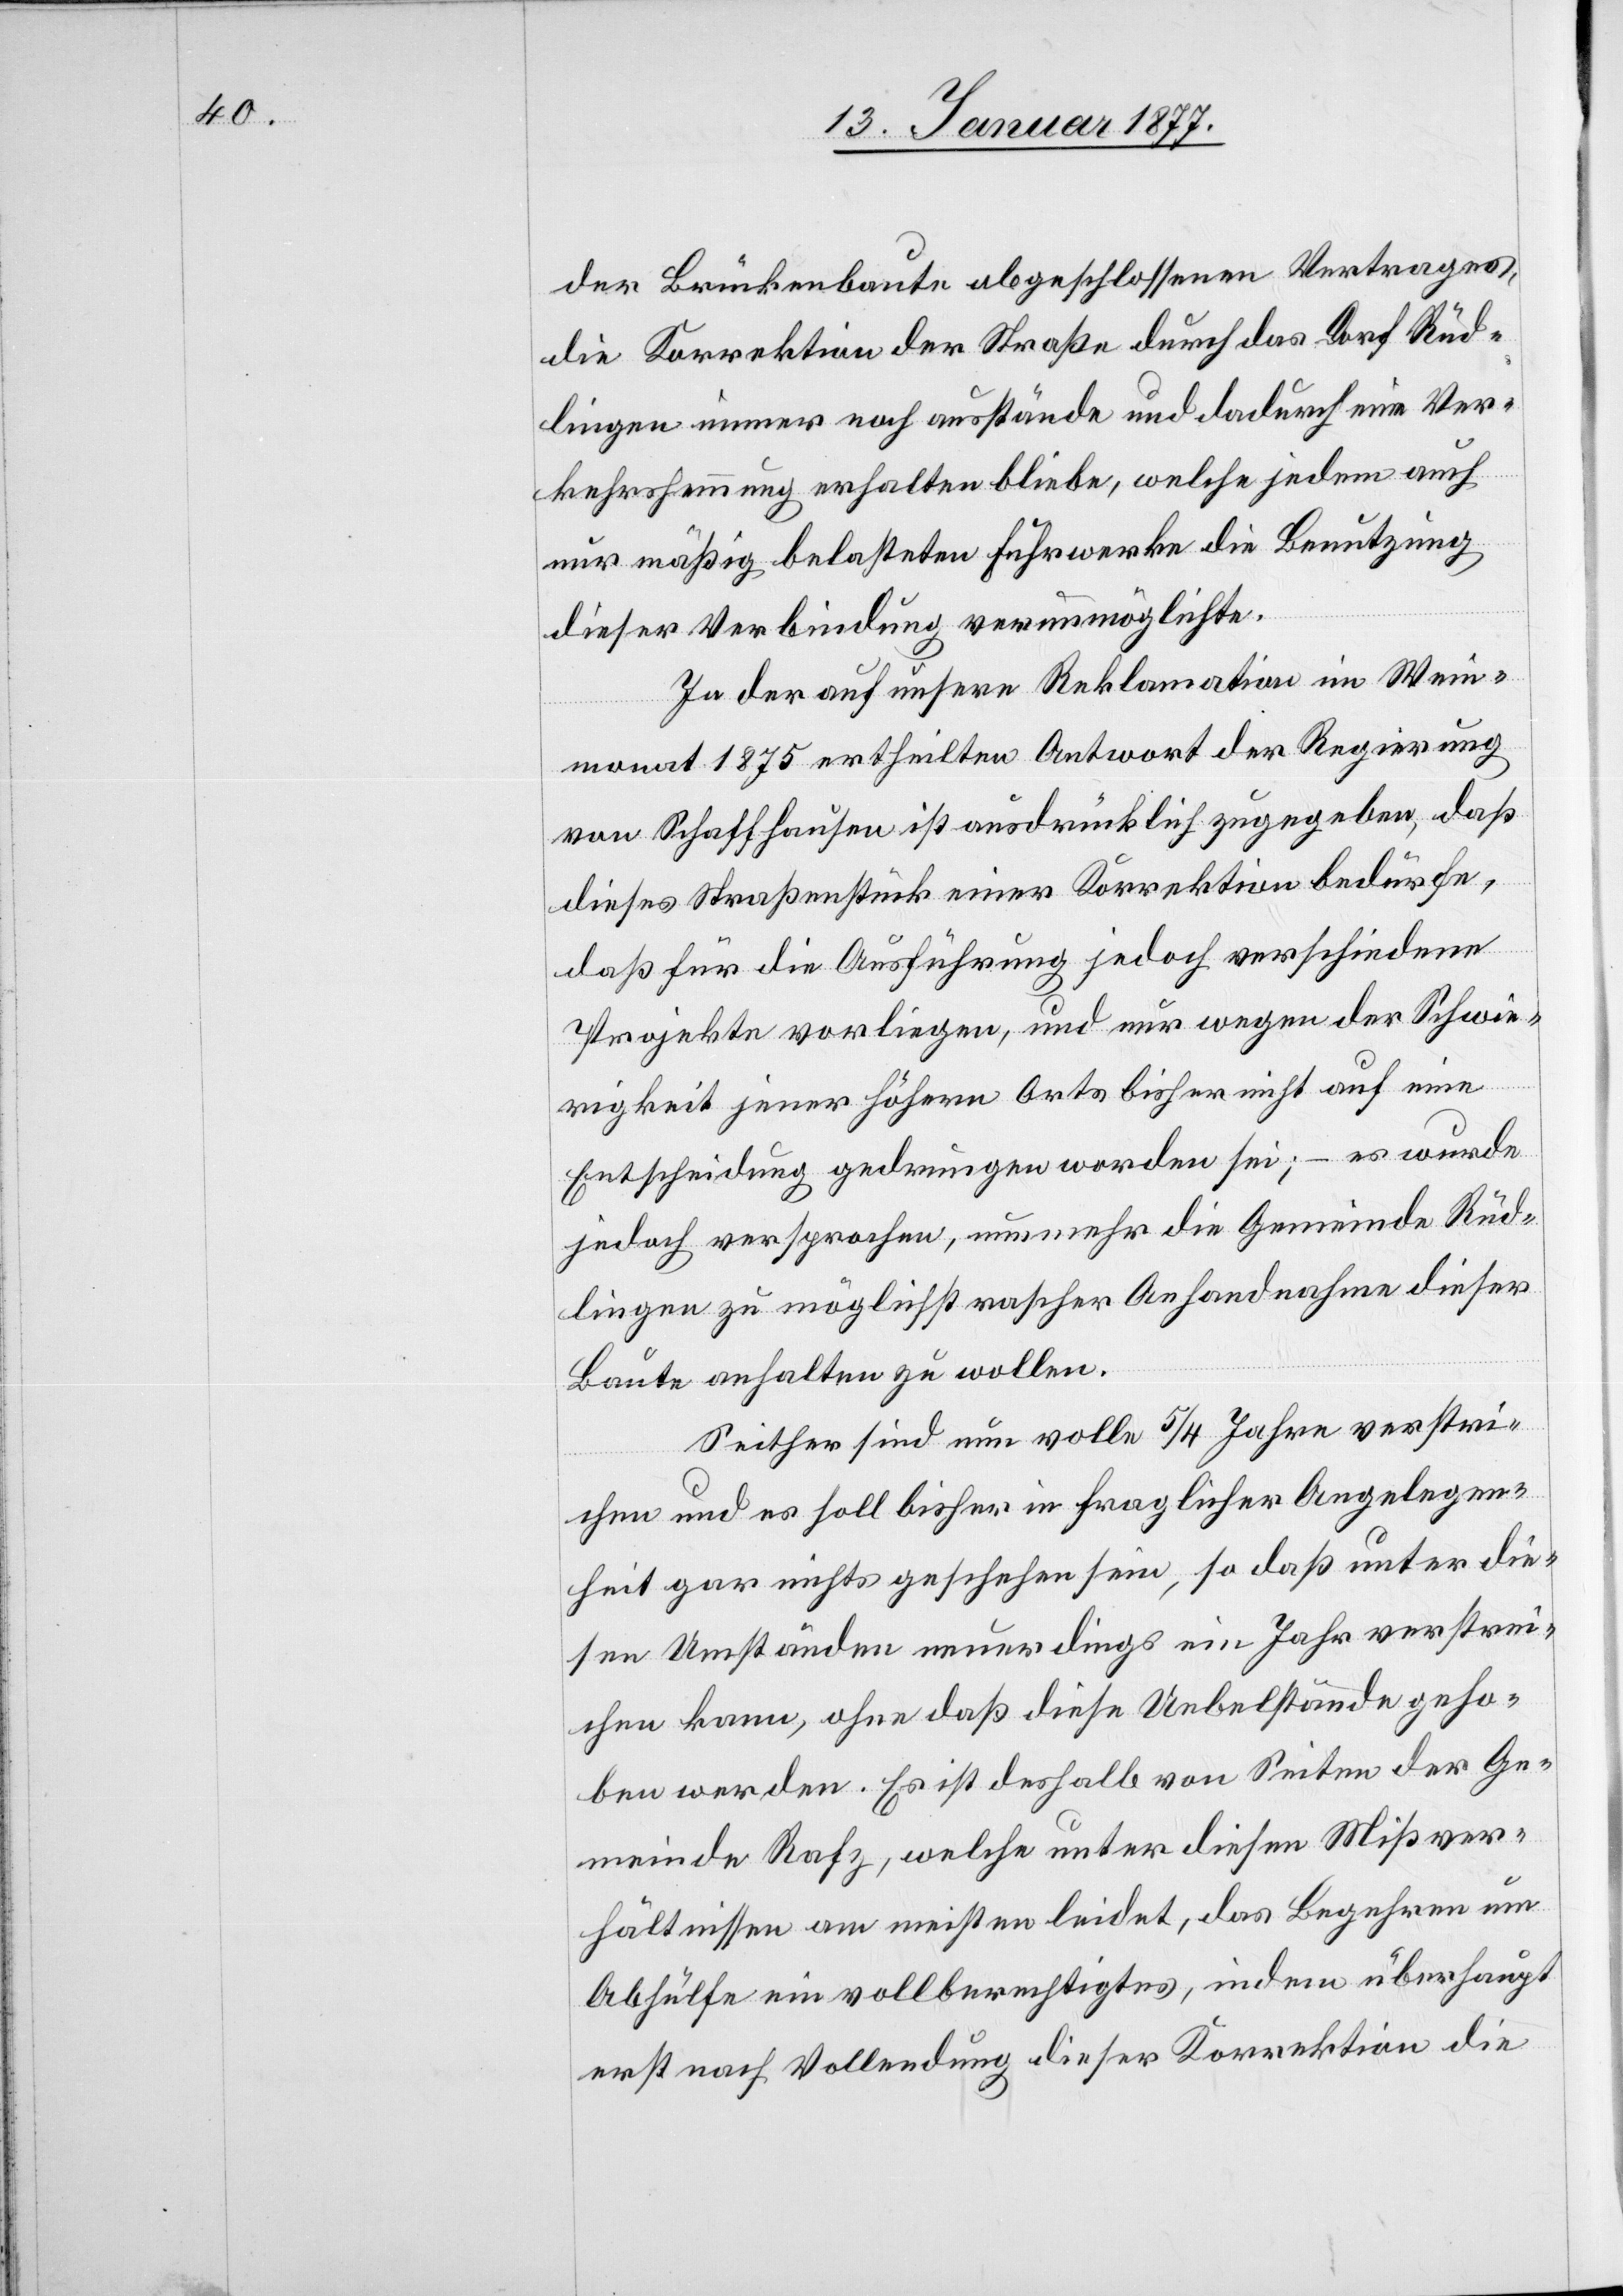
der Brückenbaute abgeschlossenen Vertrages,
die Korrektion der Straße durch das Dorf Rüd¬
lingen immer noch ausstände und dadurch eine Ver¬
kehrshemmung erhalten bleibe, welche jedem auch
nur mäßig belasteten Fuhrwerke die Benutzung
dieser Verbindung verunmöglichte.
In der auf unsere Reklamation im Wein¬
monat 1875 ertheilten Antwort der Regierung
von Schaffhausen ist ausdrücklich zugegeben, daß
dieses Straßenstück einer Korrektion bedürfe,
daß für die Ausführung jedoch verschiedene
Projekte vorliegen, und nur wegen der Schwie¬
rigkeit jener höhern Orts bisher nicht auf eine
Entscheidung gedrungen worden sei; – es werde
jedoch versprochen, nunmehr die Gemeinde Rüd¬
lingen zu möglichst rascher Anhandnahme dieser
Baute anhalten zu wollen.
Seither sind nun volle 5/4 Jahre verstri¬
chen und es soll bisher in fraglicher Angelegen¬
heit gar nichts geschehen sein, so daß unter die¬
sen Umständen neuerdings ein Jahr verstrei¬
chen kann, ohne daß diese Uebelstände geho¬
ben werden. Es ist deshalb von Seiten der Ge¬
meinde Rafz, welche unter diesen Mißver¬
hältnissen am meisten leidet, das Begehren um
Abhülfe ein vollberechtigtes, indem überhaupt
erst nach Vollendung dieser Korrektion die